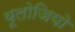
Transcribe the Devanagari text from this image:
यूलोजियो